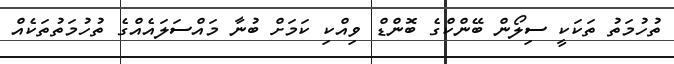
ތުހުމަތު ތަކަކީ ސިލޯން ބޭންކްގެ ބޮންޑް ވިއްކި ކަމަށް ބުނާ މައްސަލައެއްގެ ތުހުމަތުތަކެއް